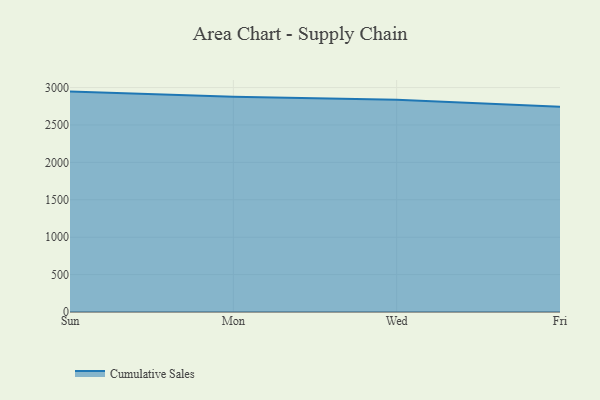
{"axis": {"x": "Day", "y": "Temperature (°C)"}, "legend": ["Cumulative Sales"], "data": [{"x": "Sun", "y": 2946.1, "type": "Cumulative Sales"}, {"x": "Mon", "y": 2877.7, "type": "Cumulative Sales"}, {"x": "Wed", "y": 2837.8, "type": "Cumulative Sales"}, {"x": "Fri", "y": 2743.9, "type": "Cumulative Sales"}]}